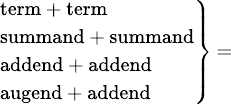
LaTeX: \scriptstyle\left.{\begin{array}{l}{\scriptstyle{\mathrm{term}}\, +\, {\mathrm{term}}}\\ {\scriptstyle{\mathrm{summand}}\, +\, {\mathrm{summand}}}\\ {\scriptstyle{\mathrm{addend}}\, +\, {\mathrm{addend}}}\\ {\scriptstyle{\mathrm{augend}}\, +\, {\mathrm{addend}}}\end{array}}\right\} \, =